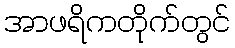
အာဖရိကတိုက်တွင်